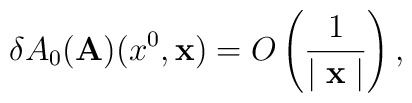
\delta A_{0}({\bf A})(x^{0}, {\bf x}) = O \left (\frac{1}{\mid {\bf x} \mid } \right ),